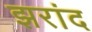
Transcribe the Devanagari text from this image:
झरांद